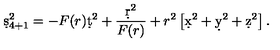
\d s _ { 4 + 1 } ^ { 2 } = - F ( r ) \d t ^ { 2 } + { \frac { \d r ^ { 2 } } { F ( r ) } } + r ^ { 2 } \left[ \d x ^ { 2 } + \d y ^ { 2 } + \d z ^ { 2 } \right] .